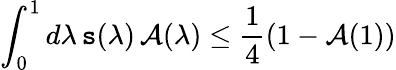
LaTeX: \int_{0}^{1}d\lambda\, \mathtt{s}(\lambda)\, \mathcal{{A}}(\lambda)\leq\frac{{1}}{{4}}(1-\mathcal{{A}}(1))